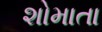
શોમાતા